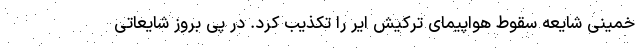
خمینی شایعه سقوط هواپیمای ترکیش ایر را تکذیب کرد. در پی بروز شایعاتی